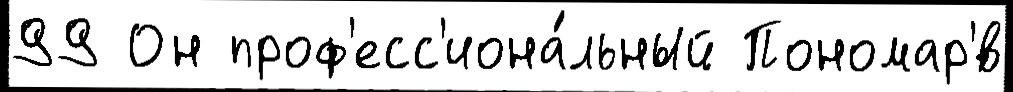
99 Он проф'есс'иона́льный Пономар'́в